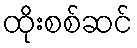
ထိုးစစ်ဆင်